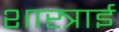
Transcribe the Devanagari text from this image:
शास्त्राई